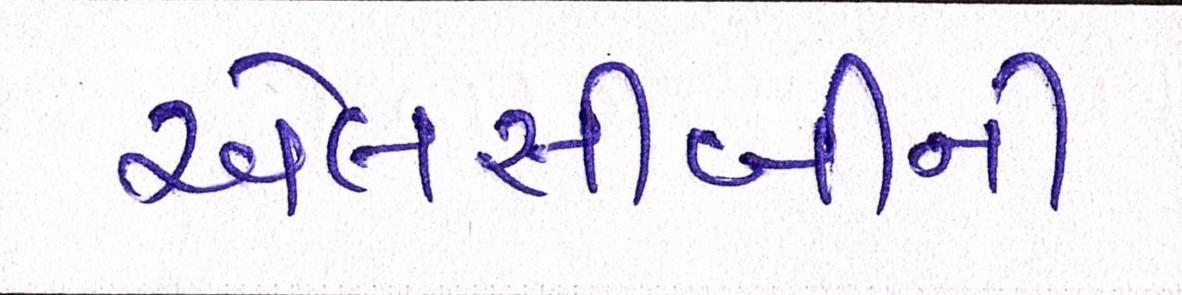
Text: એલસીબીની